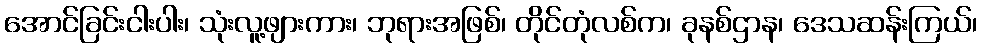
အောင်ခြင်းငါးပါး၊ သုံးလူ့ဖျားကား၊ ဘုရားအဖြစ်၊ တိုင်တုံလစ်က၊ ခုနစ်ဌာန၊ ဒေသဆန်းကြယ်၊